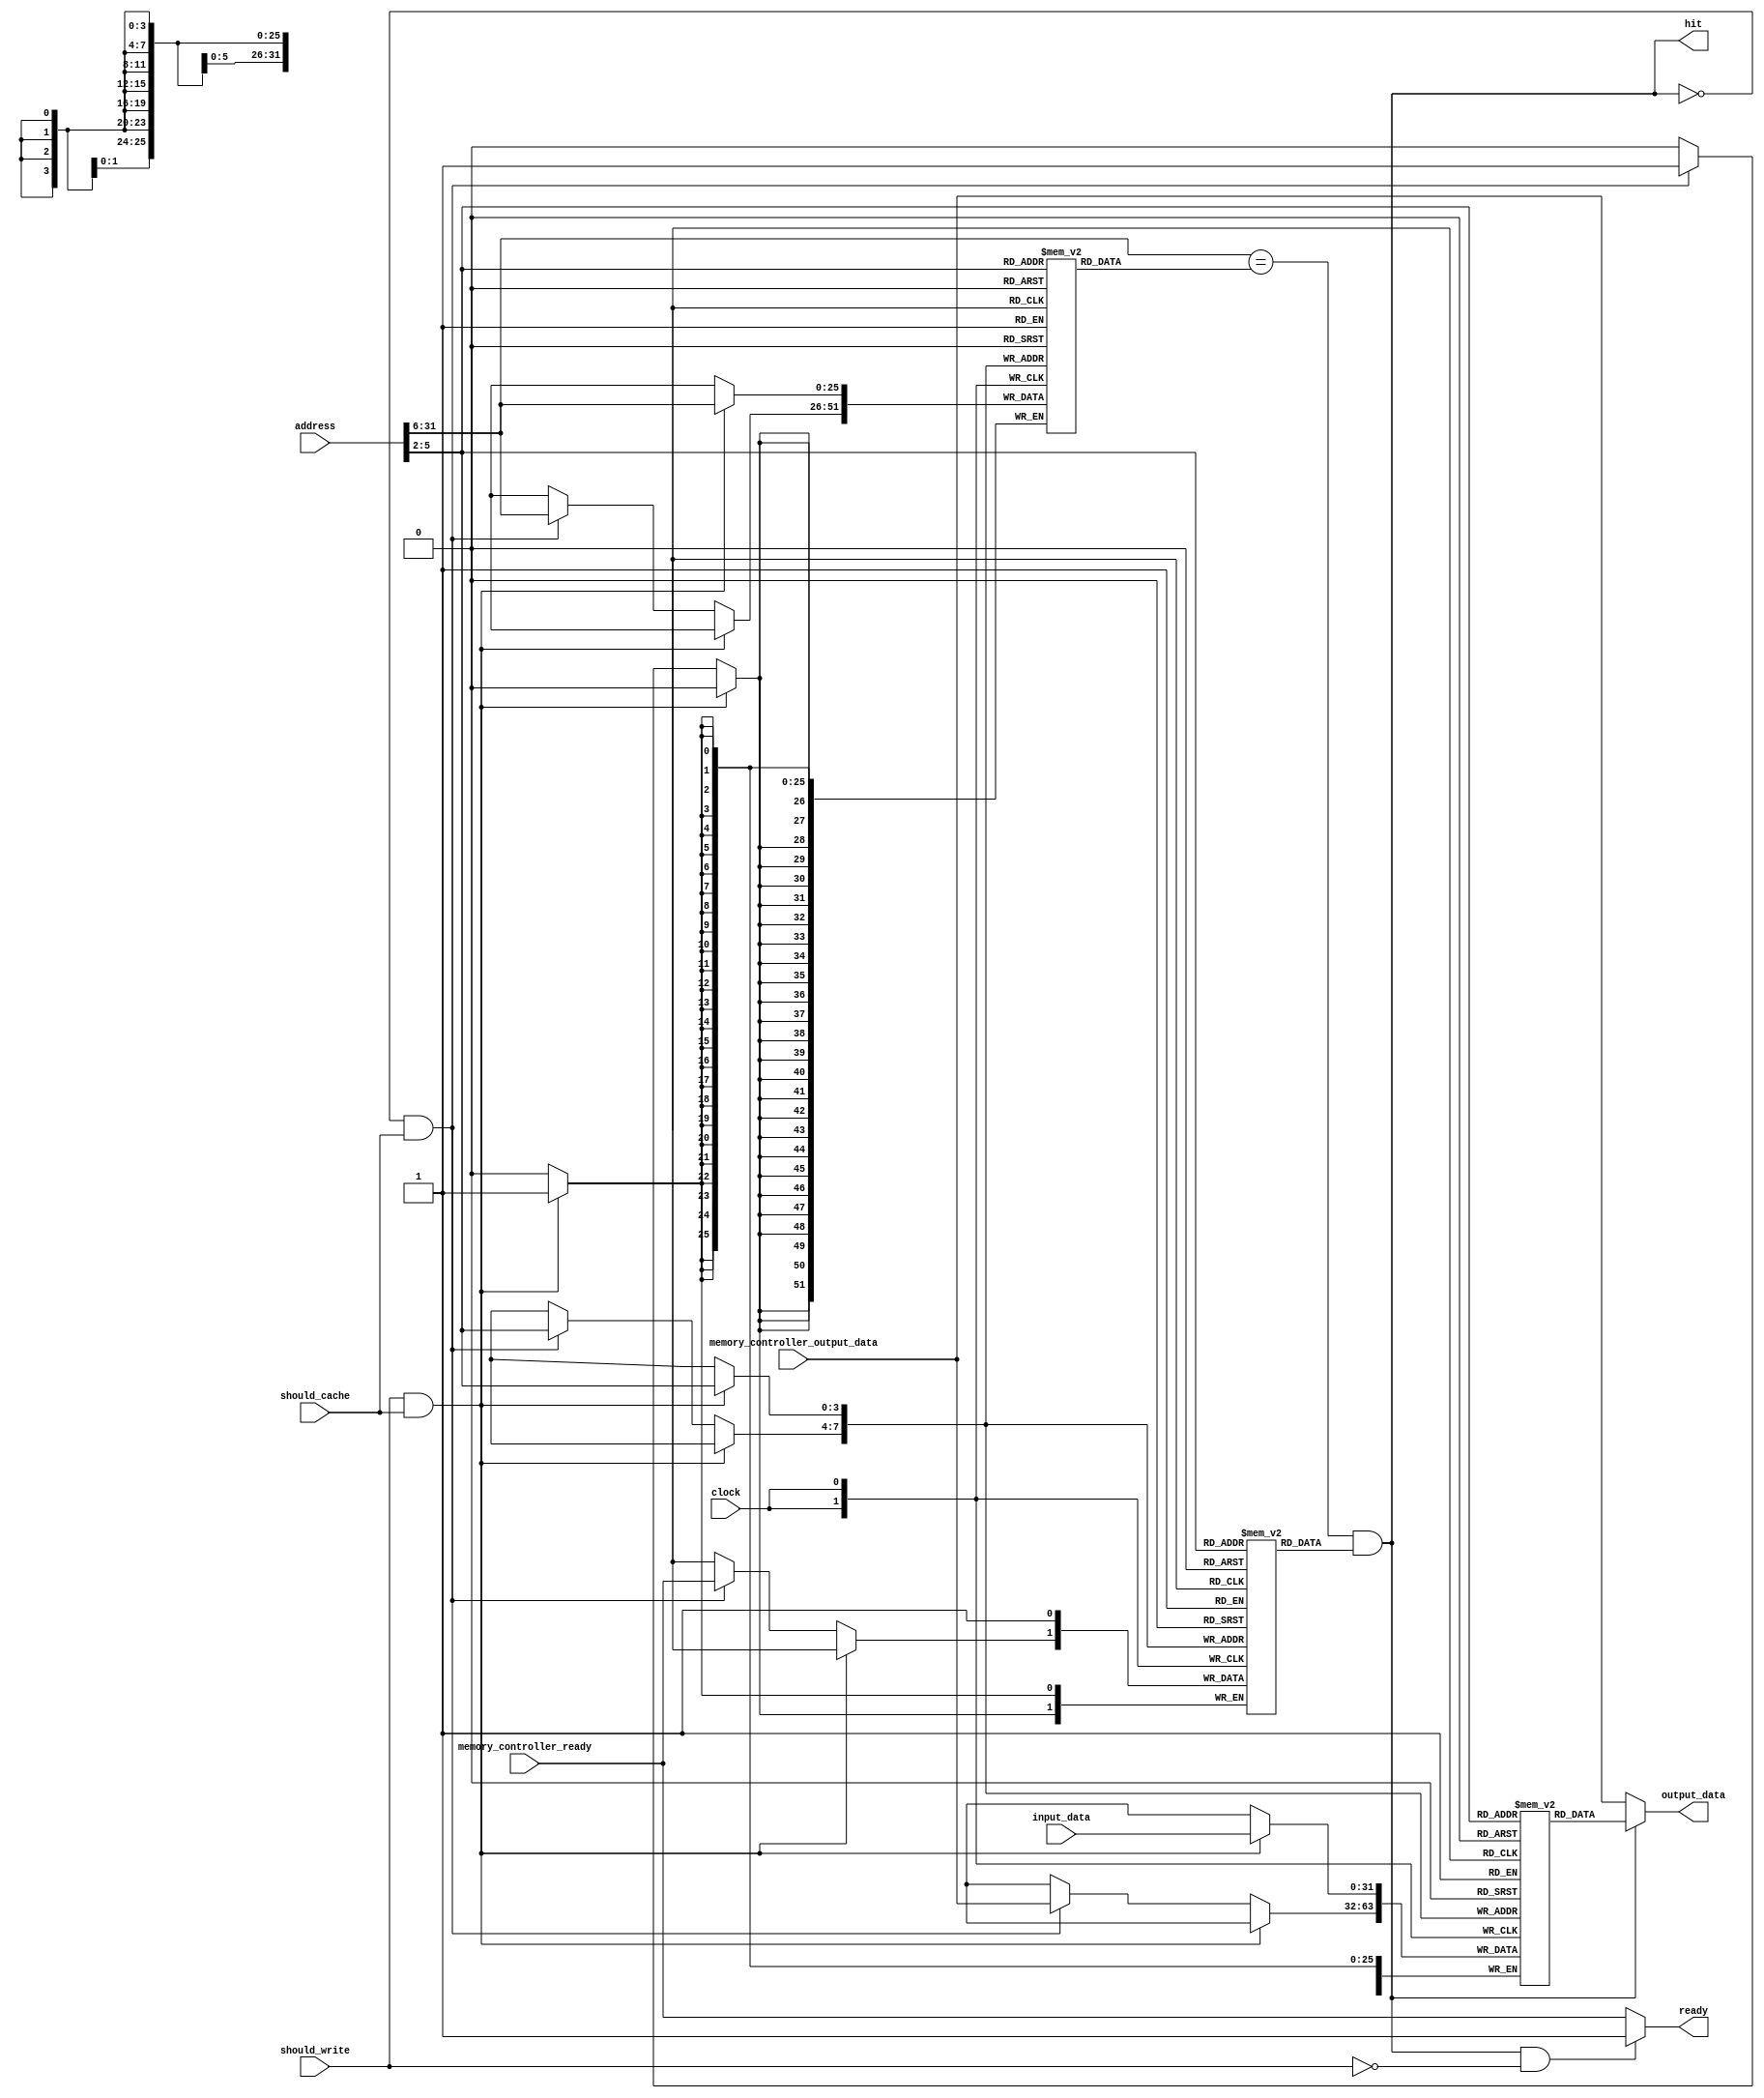
module l1 (
    input wire [31:0] address,
    input wire [31:0] input_data,
    input wire should_write,
    input wire clock,
    input wire [31:0] memory_controller_output_data,
    input wire should_cache,
    input wire memory_controller_ready,
    output wire [31:0] output_data,
    output wire hit,
    output wire ready
);
  parameter CACHE_BLOCK_SIZE_BYTES = 4;
  parameter CACHE_LINES = 16;
  localparam INDEX_BITS = $clog2(CACHE_LINES);

  reg valid[CACHE_LINES - 1:0];
  reg [29 - INDEX_BITS:0] tags[CACHE_LINES - 1:0];
  reg [(CACHE_BLOCK_SIZE_BYTES << 3) - 1:0] lines[CACHE_LINES - 1:0];

  wire [INDEX_BITS - 1:0] current_index;
  wire [29 - INDEX_BITS:0] current_tag;
  wire cache_hit;

  integer i;
  initial begin
    for (i = 0; i < CACHE_LINES; i = i + 1) begin
      valid[i] <= 0;
      tags[i]  <= 0;
      lines[i] <= 0;
    end
  end

  assign output_data = cache_hit ? lines[current_index] : memory_controller_output_data;

  assign ready = cache_hit && ~should_write ? 1 : memory_controller_ready;
  assign hit = cache_hit;

  assign current_index = address[INDEX_BITS+1:2];
  assign current_tag = address[31:INDEX_BITS+2];
  assign cache_hit = current_tag == tags[current_index] && valid[current_index];

  always @(negedge clock) begin
    if (should_write && should_cache) begin
      lines[current_index] <= input_data;
      tags[current_index]  <= current_tag;
      valid[current_index] <= 1;
    end else if (~cache_hit && should_cache) begin
      lines[current_index] <= memory_controller_output_data;
      tags[current_index]  <= current_tag;
      valid[current_index] <= memory_controller_ready;
    end
  end
endmodule